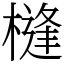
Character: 槰